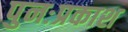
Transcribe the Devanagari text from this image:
पुनःप्रकाश